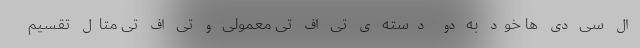
ال سی دی ها خود به دو دسته ی تی اف تی معمولی و تی اف تی متال تقسیم